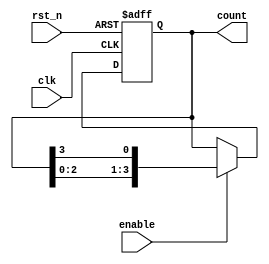
module ring_counter #(parameter N = 4) (
    input wire clk,         // Clock signal
    input wire rst_n,      // Active low synchronous reset
    input wire enable,      // Enable signal
    output reg [N-1:0] count // N-bit output
);

// Internal signal to hold the next state
reg [N-1:0] next_count;

// Initial state
initial begin
    count = 1'b1; // Start with 000...0001
end

// Always block for the sequential logic
always @(posedge clk or negedge rst_n) begin
    if (!rst_n) begin
        count <= 1'b1; // Reset to 000...0001
    end else if (enable) begin
        count <= next_count; // Update the count to the next state
    end
end

// Logic to determine the next state of the counter
always @(*) begin
    next_count = {count[N-2:0], count[N-1]}; // Shift left and wrap around
end

endmodule